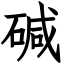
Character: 碱